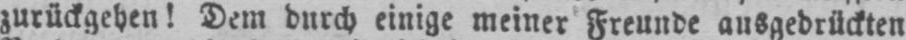
zurückgehen! Dem durch einige meiner Freunde ausgedrückten